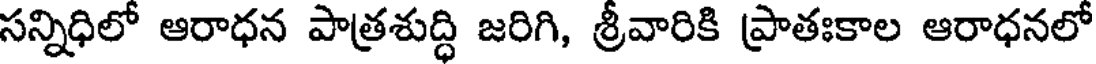
సన్నిధిలో ఆరాధన పాత్రశుద్ధి జరిగి, శ్రీవారికి ప్రాతఃకాల ఆరాధనలో